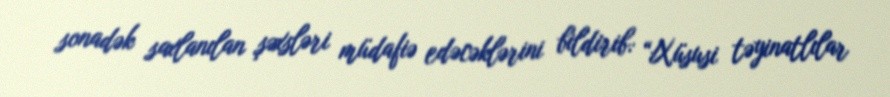
sonadək saxlanılan şəxsləri müdafiə edəcəklərini bildirib: “Xüsusi təyinatlılar